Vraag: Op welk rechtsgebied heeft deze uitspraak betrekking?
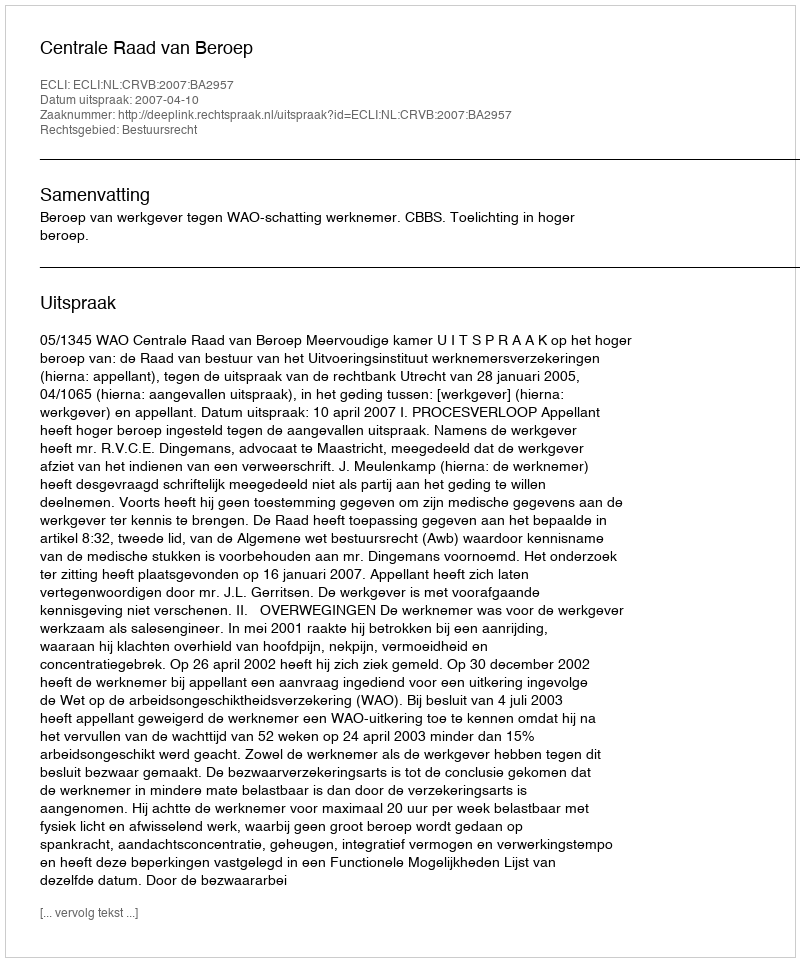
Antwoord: Bestuursrecht